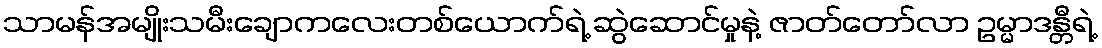
သာမန်အမျိုးသမီးချောကလေးတစ်ယောက်ရဲ့ ဆွဲဆောင်မှုနဲ့ ဇာတ်တော်လာ ဥမ္မာဒန္တီရဲ့